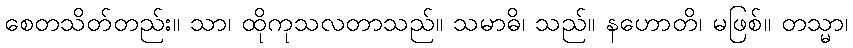
စေတသိတ်တည်း။ သာ၊ ထိုကုသလတာသည်။ သမာဓိ၊ သည်။ နဟောတိ၊ မဖြစ်။ တသ္မာ၊